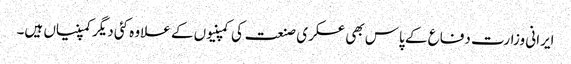
ایرانی وزارت دفاع کے پاس بھی عسکری صنعت کی کمپنیوں کے علاوہ کئی دیگر کمپنیاں ہیں۔